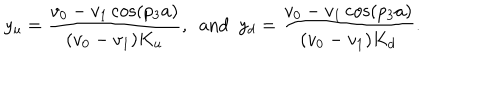
LaTeX: y _ { u } = \frac { v _ { 0 } - v _ { 1 } \cos ( p _ { 3 } a ) } { ( v _ { 0 } - v _ { 1 } ) K _ { u } } , ~ ~ \mathrm { a n d } ~ ~ y _ { d } = \frac { v _ { 0 } - v _ { 1 } \cos ( p _ { 3 } a ) } { ( v _ { 0 } - v _ { 1 } ) K _ { d } } .